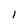
Character: l